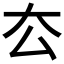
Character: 厺